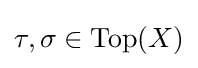
\tau ,\sigma \in \operatorname {Top} (X)